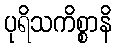
ပုရိသကိစ္စာနိ